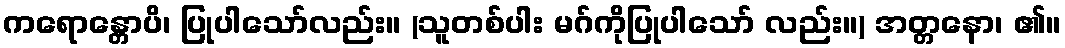
ကရောန္တောပိ၊ ပြုပါသော်လည်း။ (သူတစ်ပါး မဂ်ကိုပြုပါသော် လည်း။) အတ္တနော၊ ၏။